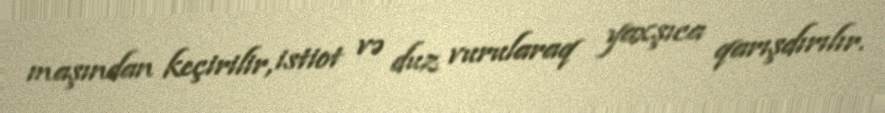
maşından keçirilir, istiot və duz vurularaq yaxşıca qarışdırılır.